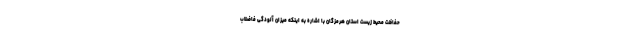
حفاظت محیط زیست استان هرمزگان با اشاره به اینکه میزان آلودگی فاضلاب